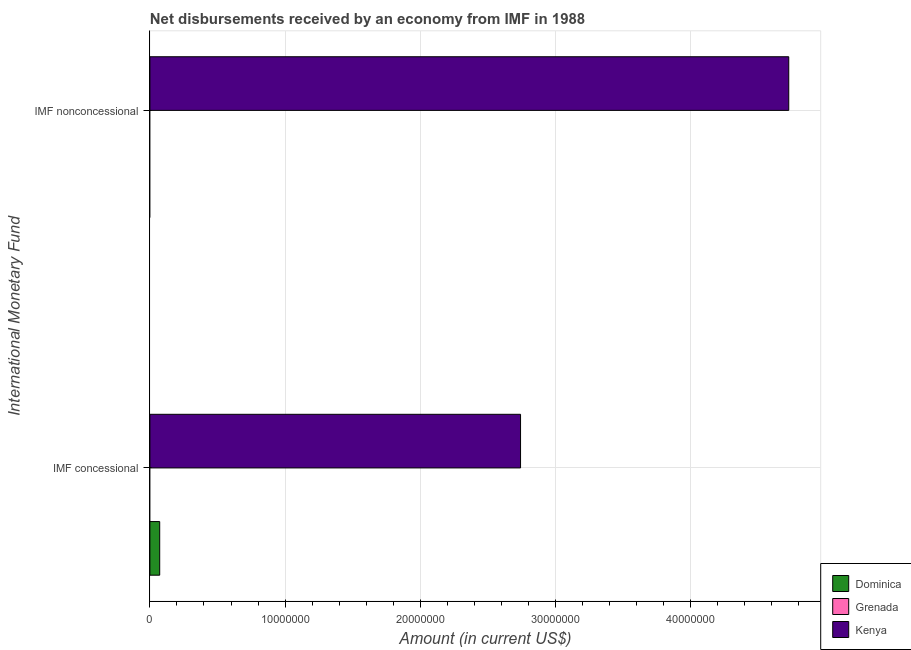
| International Monetary Fund | Dominica | Grenada | Kenya |
 | --- | --- | --- | --- |
 | IMF concessional | 7.26e+05 | -4.56e+05 | 2.74e+07 |
 | IMF nonconcessional | -2.95e+06 | -3.78e+05 | 4.73e+07 |